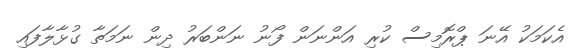
އެކަމަކު އޭނަ ޕްރޮމިސް ކުރި އަންނަން ފޯނު ނަންބަރު ދިން ނަމަތާ ގުޅާލާފައި